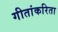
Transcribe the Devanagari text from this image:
गीतांकरिता